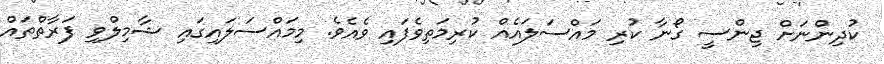
ކުދިންނަށް ޖިންސީ ގޯނާ ކުރި މައްސަލައެއް ކުރިމަތިވެފައި ވެއެވެ. މިމައްސަލައިގައި ޝާމިލްވި ފަރާތްތައް